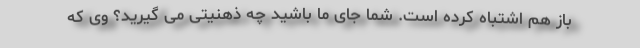
باز هم اشتباه کرده است. شما جای ما باشید چه ذهنیتی می گیرید؟ وی که